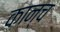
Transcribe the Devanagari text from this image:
कान्च